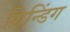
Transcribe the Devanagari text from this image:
ग्रिन्डिंग